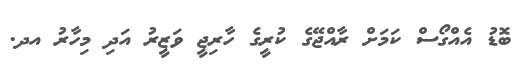
ބޮޑު އެއްގޯސް ކަމަށް ރާއްޖޭގެ ކުރީގެ ހާރިޖީ ވަޒީރު އަދި މިހާރު އދ.